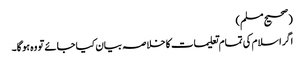
(صحیح مسلم)
اگر اسلام کی تمام تعلیمات کا خلاصہ بیان کیا جائے تو وہ ہو گا۔